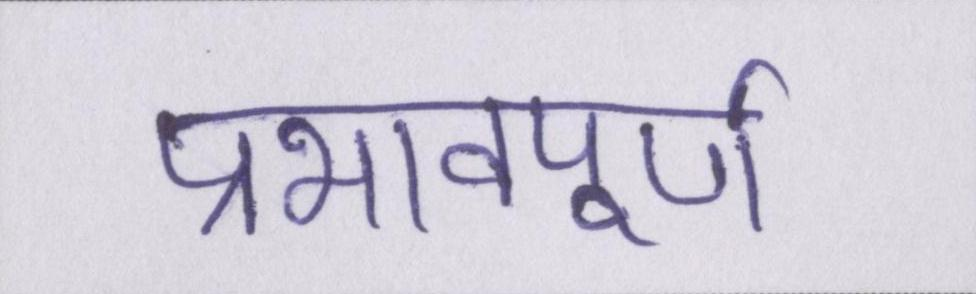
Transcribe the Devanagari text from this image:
प्रभावपूण्र